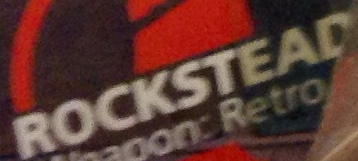
ROCKSTEAD